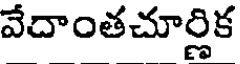
వేదాంతచూర్లిక